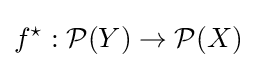
f^{\star }:{\mathcal {P}}(Y)\to {\mathcal {P}}(X)